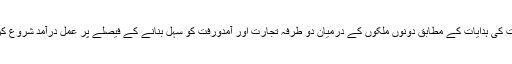
وفاقی حکومت کی ہدایات کے مطابق دونوں ملکوں کے درمیان دو طرفہ تجارت اور آمدورفت کو سہل بنانے کے فیصلے پر عمل درآمد شروع کر دیا گیا ہے۔